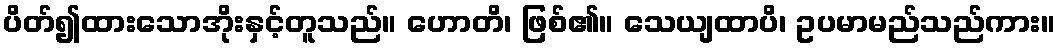
ပိတ်၍ထားသောအိုးနှင့်တူသည်။ ဟောတိ၊ ဖြစ်၏။ သေယျထာပိ၊ ဥပမာမည်သည်ကား။